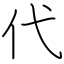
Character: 代